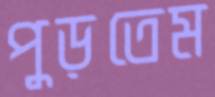
পুড়তেম